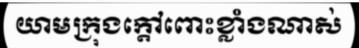
យាមក្រុងក្តៅពោះខ្លាំងណាស់